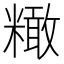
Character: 𥼲